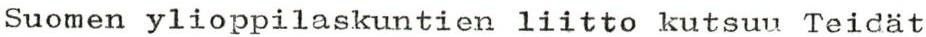
Suomen ylioppilaskuntien liitto kutsuu Teidät